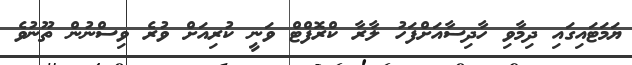
ޔަމަޓައިގައި ދިމާވި ހާދިސާއަށްފަހު ލާރާ ކްރޮފްޓް ވަނީ ކުރިއަށް ވުރެ ވިސްނުން ތޫނުވެ